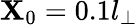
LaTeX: \mathbf{X}_{0}=0.1l_{\perp}